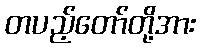
တပည့်တော်တို့အား